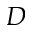
D